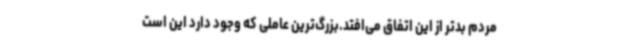
مردم بدتر از این اتفاق می‌افتد.بزرگ‌ترین عاملی که وجود دارد این است